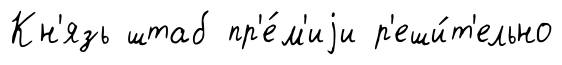
Кн'язь штаб пр'е́м'иjи р'еши́т'ельно